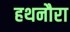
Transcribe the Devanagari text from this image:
हथनौरा